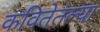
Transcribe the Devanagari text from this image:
कवितेतल्या